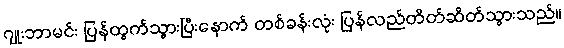
ဂျုးဘာမင်း ပြန်ထွက်သွားပြီးနောက် တစ်ခန်းလုံး ပြန်လည်တိတ်ဆိတ်သွားသည်။